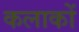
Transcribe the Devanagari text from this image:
कलाकों